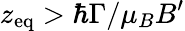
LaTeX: z_{\mathrm{eq}}>\hbar\Gamma/\mu_{B}B^{\prime}